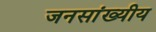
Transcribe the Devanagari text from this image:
जनसांख्यीय